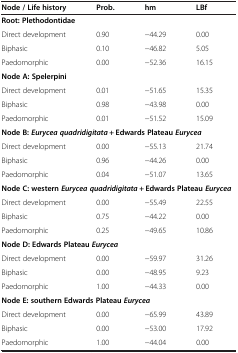
| Node / Life history | Prob. | hm | LBf |
 | --- | --- | --- | --- |
 | <COLSPAN=4> Root: Plethodontidae |
 | Direct development | 0.90 | −44.29 | 0.00 |
 | Biphasic | 0.10 | −46.82 | 5.05 |
 | Paedomorphic | 0.00 | −52.36 | 16.15 |
 | <COLSPAN=4> Node A: Spelerpini |
 | Direct development | 0.01 | −51.65 | 15.35 |
 | Biphasic | 0.98 | −43.98 | 0.00 |
 | Paedomorphic | 0.01 | −51.52 | 15.09 |
 | <COLSPAN=4> Node B: Eurycea quadridigitata + Edwards Plateau Eurycea |
 | Direct development | 0.00 | −55.13 | 21.74 |
 | Biphasic | 0.96 | −44.26 | 0.00 |
 | Paedomorphic | 0.04 | −51.07 | 13.65 |
 | <COLSPAN=4> Node C: western Eurycea quadridigitata + Edwards Plateau Eurycea |
 | Direct development | 0.00 | −55.49 | 22.55 |
 | Biphasic | 0.75 | −44.22 | 0.00 |
 | Paedomorphic | 0.25 | −49.65 | 10.86 |
 | <COLSPAN=4> Node D: Edwards Plateau Eurycea |
 | Direct development | 0.00 | −59.97 | 31.26 |
 | Biphasic | 0.00 | −48.95 | 9.23 |
 | Paedomorphic | 1.00 | −44.33 | 0.00 |
 | <COLSPAN=4> Node E: southern Edwards Plateau Eurycea |
 | Direct development | 0.00 | −65.99 | 43.89 |
 | Biphasic | 0.00 | −53.00 | 17.92 |
 | Paedomorphic | 1.00 | −44.04 | 0.00 |